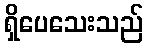
ရှိပေသေးသည်